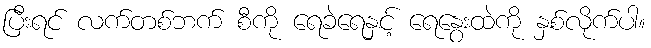
ပြီးရင် လက်တစ်ဘက် စီကို ရေခဲရေနှင့် ရေနွေးထဲကို နှစ်လိုက်ပါ။